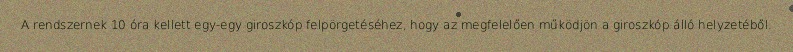
A rendszernek 10 óra kellett egy-egy giroszkóp felpörgetéséhez, hogy az megfelelően működjön a giroszkóp álló helyzetéből.